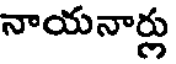
నాయనార్లు